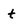
Character: t